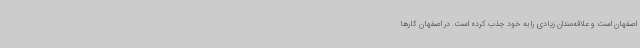
اصفهان است و علاقه‌مندان زیادی را به خود جذب کرده است. در اصفهان کارها